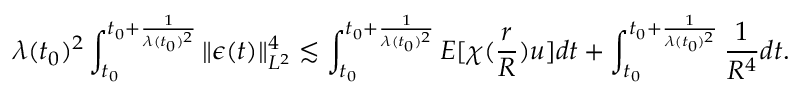
\lambda ( t _ { 0 } ) ^ { 2 } \int _ { t _ { 0 } } ^ { t _ { 0 } + \frac { 1 } { \lambda ( t _ { 0 } ) ^ { 2 } } } \| \epsilon ( t ) \| _ { L ^ { 2 } } ^ { 4 } \lesssim \int _ { t _ { 0 } } ^ { t _ { 0 } + \frac { 1 } { \lambda ( t _ { 0 } ) ^ { 2 } } } E [ \chi ( \frac { r } { R } ) u ] d t + \int _ { t _ { 0 } } ^ { t _ { 0 } + \frac { 1 } { \lambda ( t _ { 0 } ) ^ { 2 } } } \frac { 1 } { R ^ { 4 } } d t .